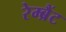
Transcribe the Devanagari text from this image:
रेम्ब्रैंट